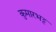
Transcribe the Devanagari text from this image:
कुमारभट्ट